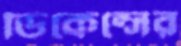
ডিকেন্সের